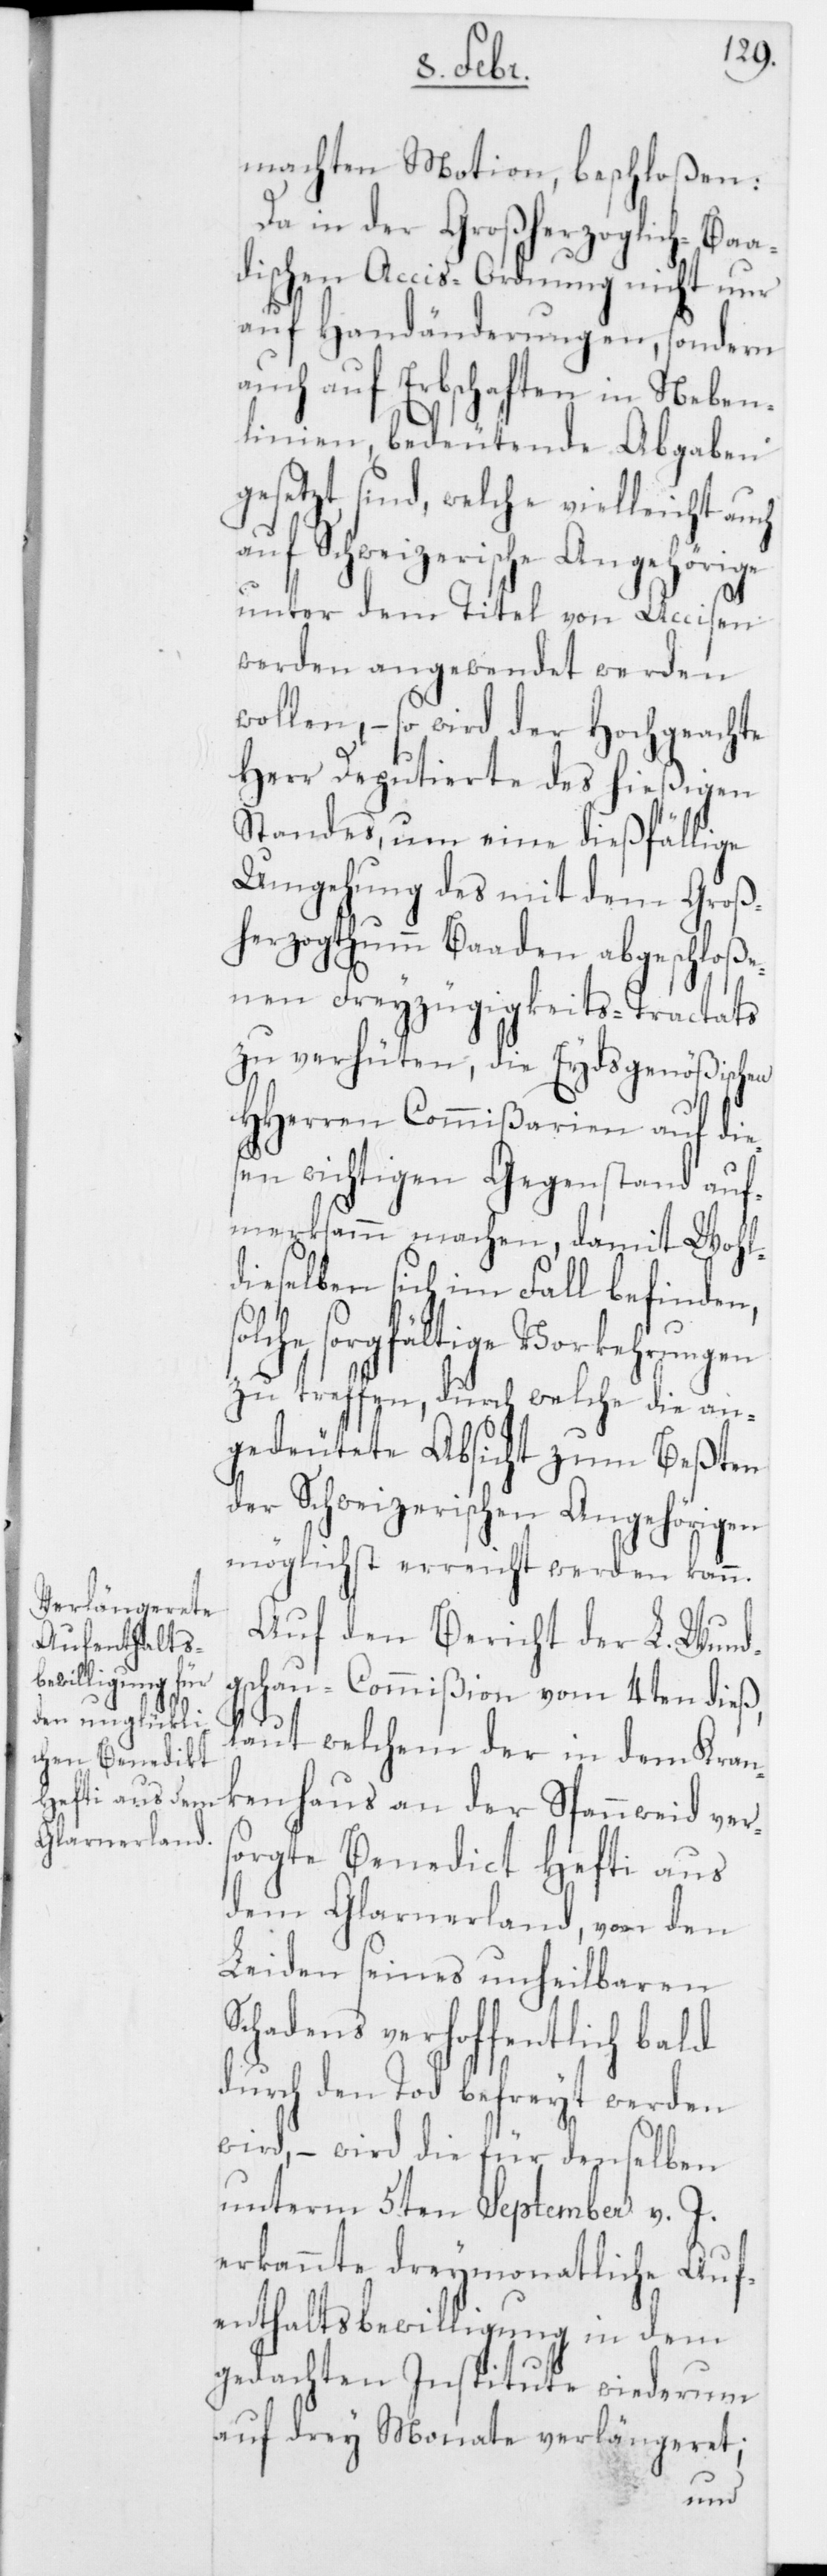
machten Motion, beschloßen:
Da in der Großherzoglich-Baa¬
dischen Accis-Ordnung nicht nur
auf Handänderungen, sondern
auch auf Erbschaften in Neben¬
linien, bedeutende Abgaben
gesetzt sind, welche vielleicht auch
auf Schweizerische Angehörige
unter dem Titel von Accisen
werden angewendet werden
wollen, – so wird der Hochgeachte
Herr Deputierte des hießigen
Standes, um eine dießfällige
Umgehung des mit dem Groß¬
herzogthumm Baaden abgeschloße¬
nen Freyzügigkeits-Tractats
zu verhüten, die Eydsgenößischen
HHerren Commißarien auf die¬
sen wichtigen Gegenstand auf¬
merksamm machen, damit Wohl¬
dieselben sich im Fall befinden,
sorgfältige Vorkehrungen
zu treffen, durch welche die an¬
gedeutete Absicht zum Beßten
der Schweizerischen Angehörigen
möglichst erreicht werden kann.
Auf den Bericht der L. Wund¬
gschau-Commißion vom 4ten dieß,
laut welchem der in dem Kran¬
kenhaus an der Spannweid ver¬
sorgte Benedict Hefti aus
dem Glarnerland, von den
Leiden seines unheilbaren
Schadens verhoffentlich bald
durch den Tod befreyt werden
wird, – wird die für denselben
unterm 5ten September v. J.
erkannte dreymonatliche Auf¬
enthaltsbewilligung in dem
gedachten Institute wiederum
auf drey Monate verlängeret;